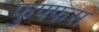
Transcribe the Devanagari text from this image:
फुफ्फस